Scientific memoirs by medical officers of the Army of India - Part XII,
Year: 1901
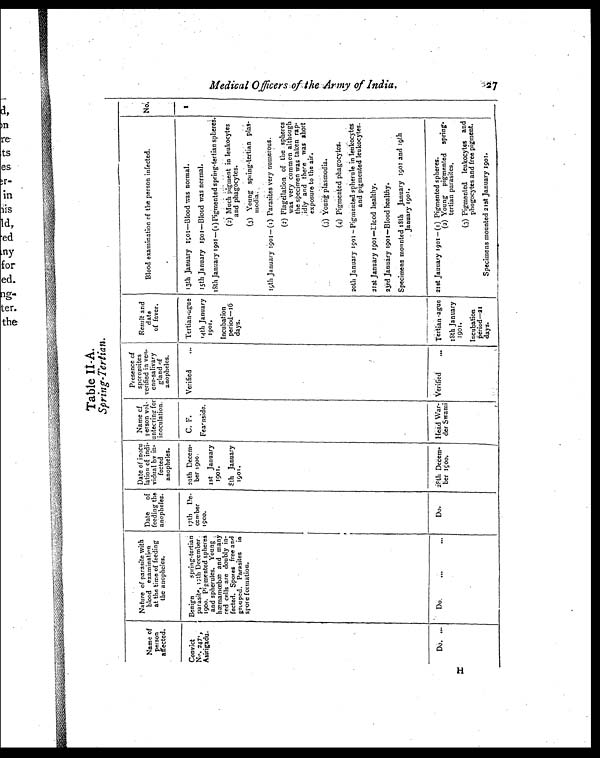
Table II-A.
Spring-Tertian.
Name of
person
affected.
Nature of parasite with
blood examination
at the time of feeding
the anopheles.
Date of
feeding the
anopheles.
Date of inocu
lation of indi-
vidual by in-
fected
anopheles.
Name of
person vol-
untecring for
inoculation.
Presence of
sporozoites
verified in ven-
eno-salivary
gland of
anopheles.
Result and
date
of fever.
Blood examination of the person infected.
No.
Convict
No. 247,
Asirigadu.
Benign spring-tertian
parasite, 17th December.
1900. Pigmented spheres
and spherules. Young
hæmamœbæ and many
red cells are doubly in-
fected. Spores free and
grouped. Parasites in
spore formation.
17th De-
cember
1900.
20th Decem-
ber 1900.
C. F.
Verified
. . . Tertian-ague 13th January 1901—Blood was normal.
1
1st January
1901.
Fearnside.
14th January
1 9 0 1 .
15th January 1901—Blood was normal.
18th January 1901—(1) Pigmented spring-tertian spheres.
1 s t J a n u a r y
1901.
Incubation
period-16
days.
(2) Much pigment in leukocytes
and phagocytes.
(3) Young spring-tertian plas-
m o d i a .
19th January 1901—(1) Parasites very numerous.
(2) Flagellation of the spheres
was very common although
the specimen was taken rap-
didly and there was short
exposure to the air.
(3) Young plasmodia.
(4) Pigmented phagocytes.
20th January 1901—Pigmented spherule in leukocytes
and pigmented leukocytes.
21st January 1901-Blood healthy.
23rd January 1901—Blood healthy.
Specimens mounted 18th January 1901 and 19th
January 1901.
Do. . . .
Do. . . .
. . .
Do.
28th Decem-
ber 1900.
Head War-
der Swami
Verified
... Tertian-ague
18th January
1901.
21st January 1901—(1) Pigmented spheres.
(2) Young pigmented spring-
tertian parasites.
Incubation
period-21
days.
(3) Pigmented leukocytes and
phagocytes and free pigment.
Specimens mounted 21st January 1901.